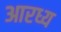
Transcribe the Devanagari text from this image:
आरध्य